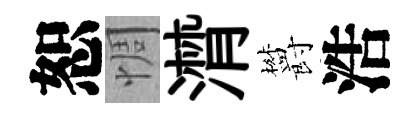
恕惆潸欝浩